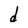
Character: d